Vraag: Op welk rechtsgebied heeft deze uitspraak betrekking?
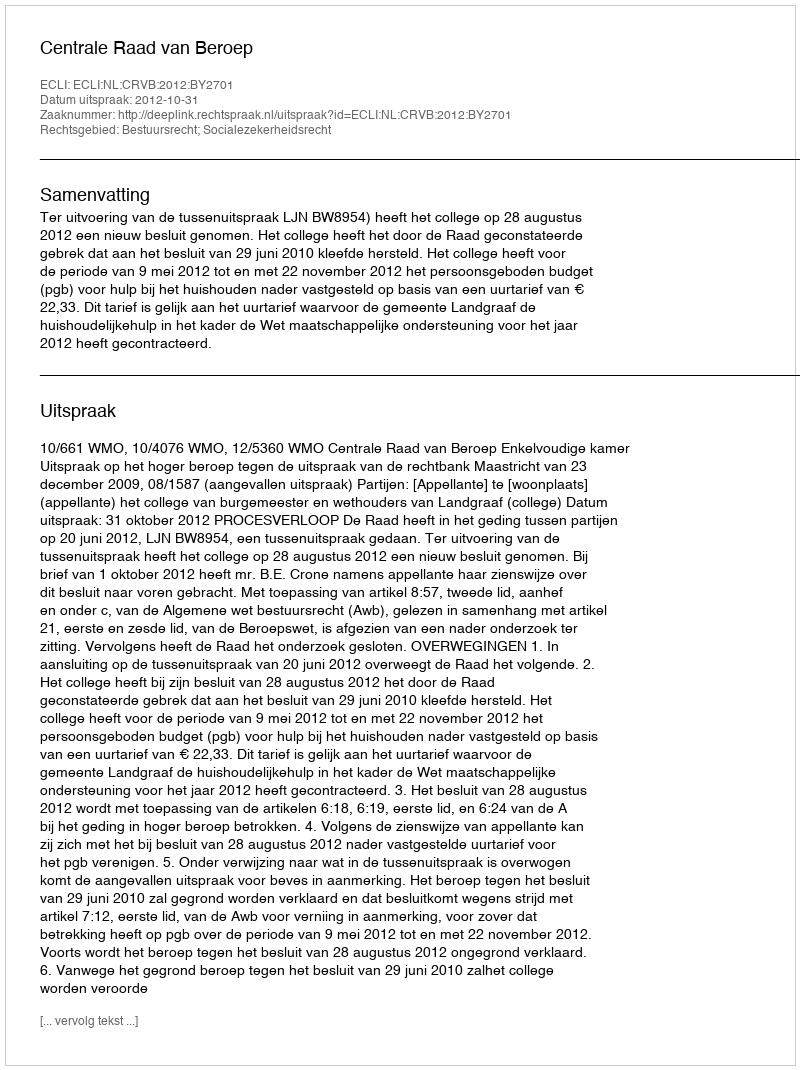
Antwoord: Bestuursrecht; Socialezekerheidsrecht